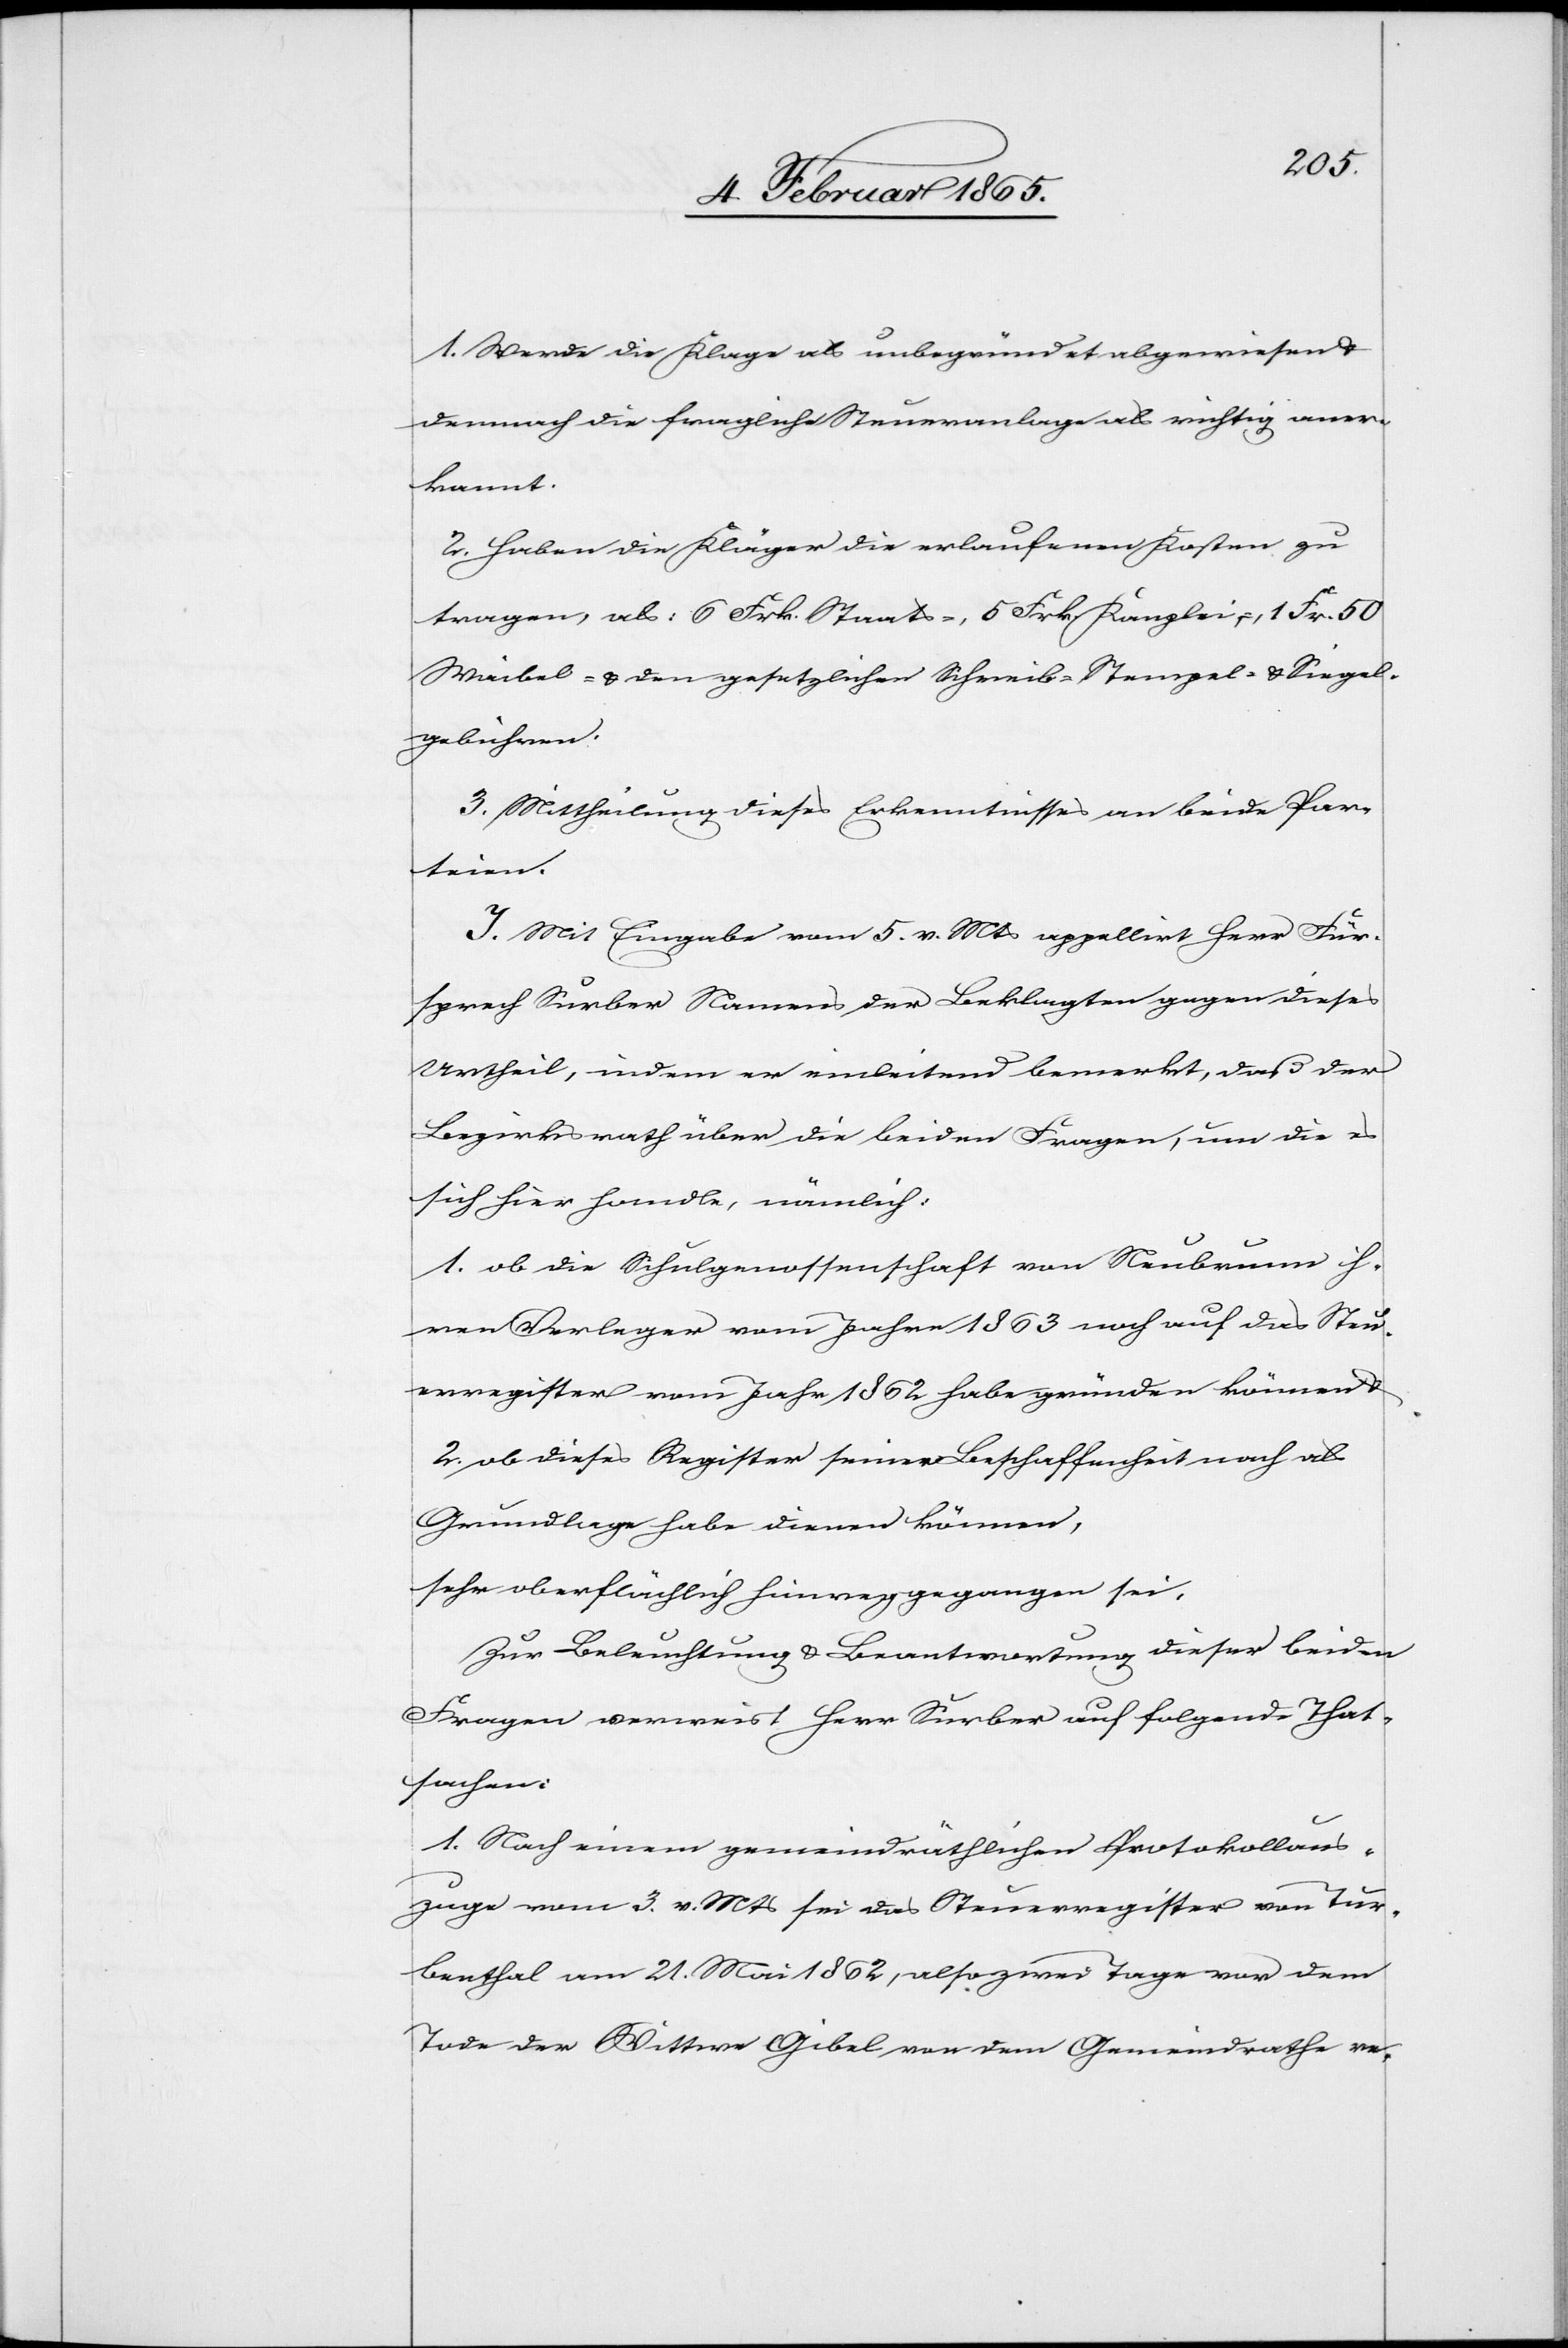
1. Werde die Klage als unbegründet abgewiesen u.
demnach die fragliche Steueranlage als richtig aner¬
kannt.
2. Haben die Kläger die erlaufenen Kosten zu
tragen, als: 6 Frk. Staats-, 5 Frk. Kanzlei-, 1 Fr. 50
Waibel- u. den gesetzlichen Schreib-[,] Stempel- u. Siegel¬
gebühren.
3. Mittheilung dieses Erkenntnisses an beide Par¬
teien.
J. Mit Eingabe vom 5. v. Mts appellirt Herr Für¬
sprech Surber Namens der Beklagten gegen dieses
Urtheil, indem er einleitend bemerkt, daß der
Bezirksrath über die beiden Fragen, um die es
sich hier handle, nämlich:
1. ob die Schulgenossenschaft von Neubrunn ih¬
ren Verleger vom Jahre 1863 noch auf das Steu¬
erregister vom Jahr 1862 habe gründen können u.
2. ob dieses Register seiner Beschaffenheit nach als
Grundlage habe dienen können,
sehr oberflächlich hinweggegangen sei.
Zur Beleuchtung u. Beantwortung dieser beiden
fragen verweist Herr Surber auf folgende That¬
sachen:
1. Nach einem gemeindräthlichen Protokollaus¬
zuge vom 3. v. Mts sei das Steuerregister von Tur¬
benthal am 21. Mai 1862, also zwei Tage vor dem
Tode der Wittwe Gibel von dem Gemeindrathe re-